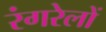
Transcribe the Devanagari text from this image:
रंगरेलों